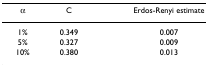
<table><thead><tr><td><b>α</b></td><td><b>C</b></td><td><b>Erdos-Renyi estimate</b></td></tr></thead><tbody><tr><td>1%</td><td>0.349</td><td>0.007</td></tr><tr><td>5%</td><td>0.327</td><td>0.009</td></tr><tr><td>10%</td><td>0.380</td><td>0.013</td></tr></tbody></table>